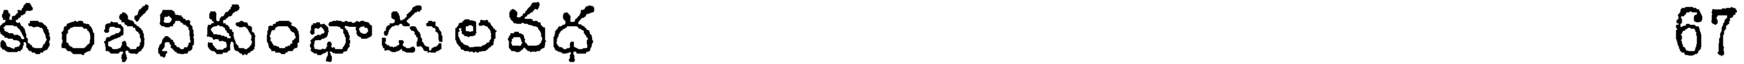
కుంభనికుంభాదులవధ 67